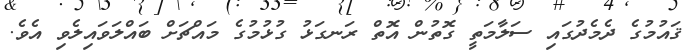
ޤައުމުގެ ދެމެދުގައި ސަލާމަތީ ގޮތުން އޮތް ރަނގަޅު ގުޅުމުގެ މައްޗަށް ބައްލަވައިލެވި އެވެ.